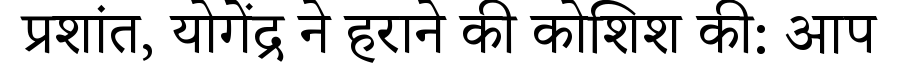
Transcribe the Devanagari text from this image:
प्रशांत, योगेंद्र ने हराने की कोशिश की: आप